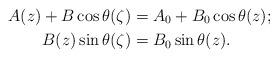
LaTeX: \begin{align*}A(z)+B\cos\theta(\zeta)&=A_0+B_0\cos\theta(z);\\B(z)\sin\theta(\zeta)&=B_0\sin\theta(z).\end{align*}